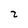
Character: z